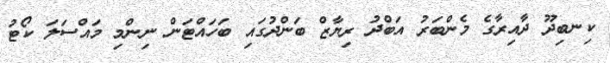
ކިނބިދޫ ދާއިރާގެ މެންބަރު އަބްދު ރިޔާޒް ބަންދުގައި ބަހައްޓަން ނިންމި މައްސަލަ ކޯޓު